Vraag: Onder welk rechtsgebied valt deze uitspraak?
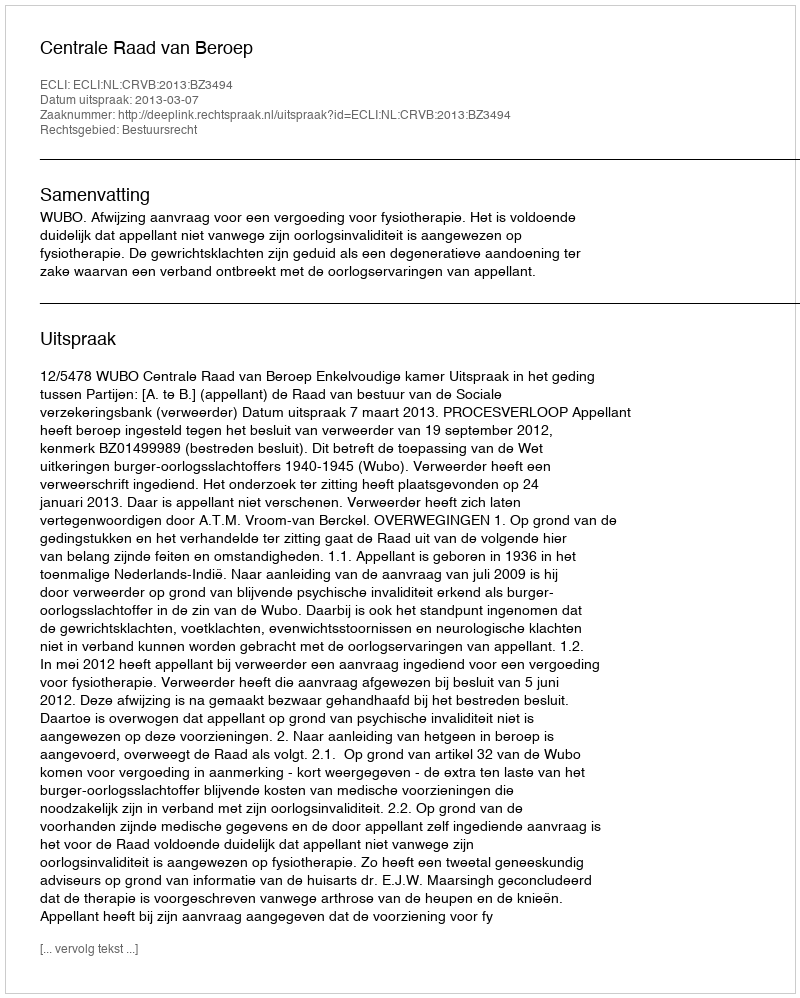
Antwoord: Bestuursrecht